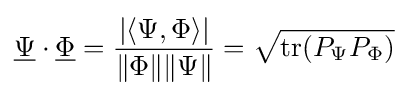
{\underline {\Psi }}\cdot {\underline {\Phi }}={\frac {\left|\left\langle \Psi ,\Phi \right\rangle \right|}{\|\Phi \|\|\Psi \|}}={\sqrt {\mathrm {tr} (P_{\Psi }P_{\Phi })}}